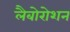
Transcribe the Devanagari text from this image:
लैबोरोशन